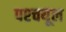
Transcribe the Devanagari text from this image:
पश्‍चयूल